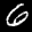
Label: 6